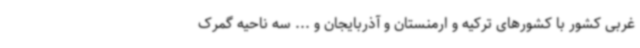
غربی کشور با کشورهای ترکیه و ارمنستان و آذربایجان و ... سه ناحیه گمرک